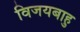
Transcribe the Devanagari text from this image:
विजयबाहु